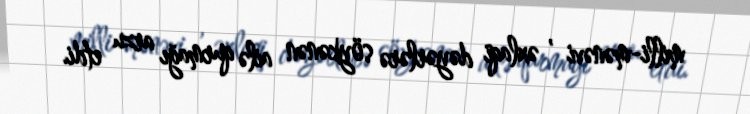
milli-mənəvi , əxlaqi dəyərlərə söykənən ailə qurmağı arzu etdi.